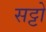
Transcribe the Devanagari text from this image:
सट्टो